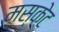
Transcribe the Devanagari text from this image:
मस्केट